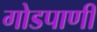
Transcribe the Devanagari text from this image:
गोडपाणी